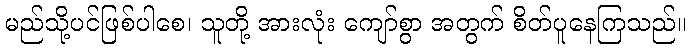
မည်သို့ပင်ဖြစ်ပါစေ၊ သူတို့ အားလုံး ကျော်စွာ အတွက် စိတ်ပူနေကြသည်။